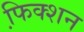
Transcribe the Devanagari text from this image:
फि़क्शन